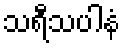
သရီသပါနံ